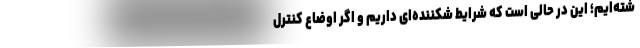
شته‌ایم؛ این در حالی است که شرایط شکننده‌ای داریم و اگر اوضاع کنترل